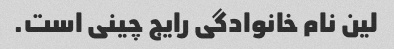
لین نام خانوادگی رایج چینی است.